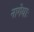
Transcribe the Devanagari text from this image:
नागेयाः